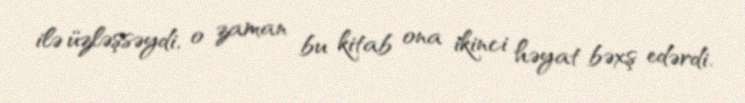
ilə üzləşsəydi, o zaman bu kitab ona ikinci həyat bəxş edərdi.